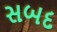
સબદ